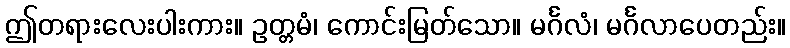
ဤတရားလေးပါးကား။ ဥတ္တမံ၊ ကောင်းမြတ်သော။ မင်္ဂလံ၊ မင်္ဂလာပေတည်း။